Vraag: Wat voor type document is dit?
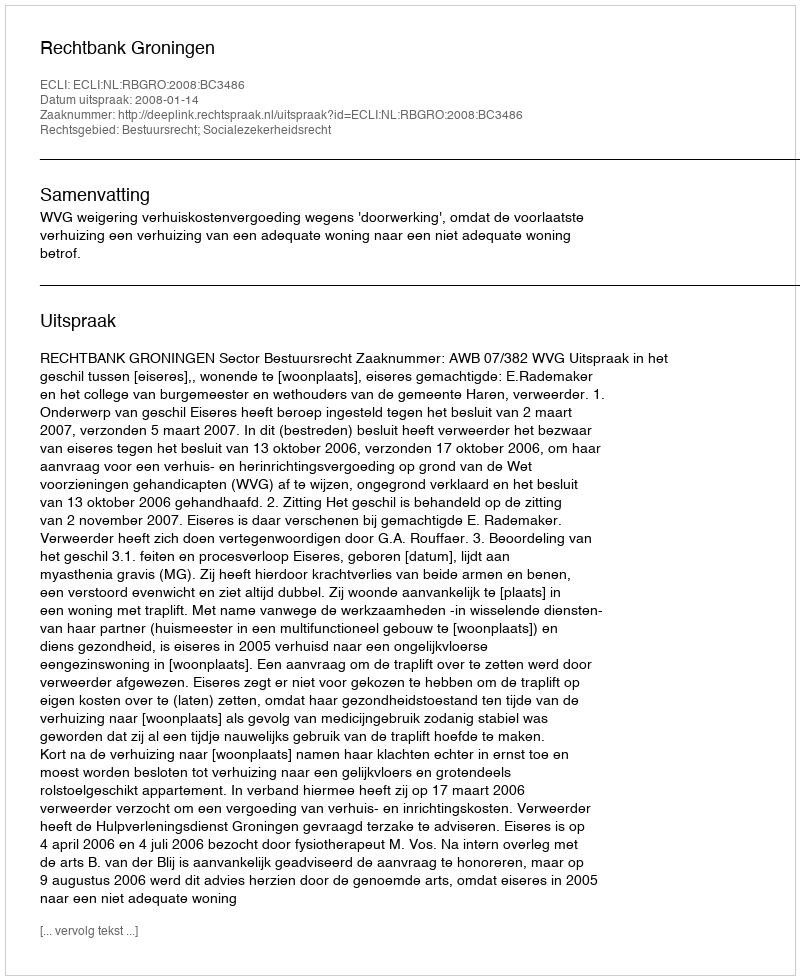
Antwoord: Uitspraak